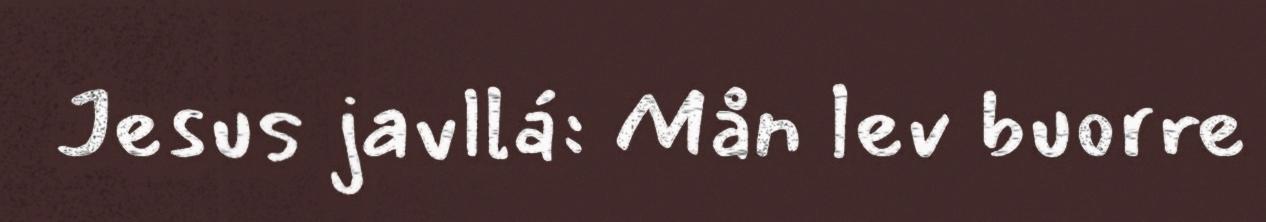
Jesus javllá: Mån lev buorre